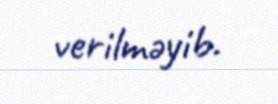
verilməyib.